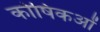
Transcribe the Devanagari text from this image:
कोषिकओं